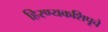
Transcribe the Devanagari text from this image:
हिरण्यकशिपूचे